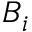
B _ { i }